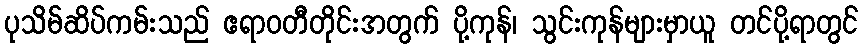
ပုသိမ်ဆိပ်ကမ်းသည် ဧရာဝတီတိုင်းအတွက် ပို့ကုန်၊ သွင်းကုန်များမှာယူ တင်ပို့ရာတွင်